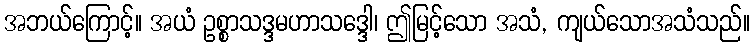
အဘယ်ကြောင့်။ အယံ ဥစ္စာသဒ္ဒမဟာသဒ္ဒေါ၊ ဤမြင့်သော အသံ, ကျယ်သောအသံသည်။